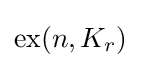
\operatorname {ex} (n,K_{r})